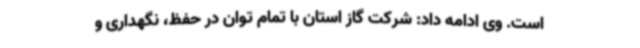
است. وی ادامه داد: شرکت گاز استان با تمام توان در حفظ، نگهداری و